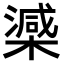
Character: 𣚘